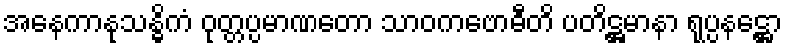
အနေကာနုသန္ဓိကံ ဝုတ္တပ္ပမာဏတော သာဝကဗောဓီတိ ပတိဋ္ဌမာနာ ရုပ္ပနဋ္ဌော